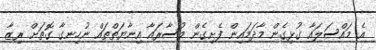
އެ މައްސަލައާ ގުޅިގެން މާދަމައިން ފެށިގެން މުސާރައާ އިނާޔަތްތައް ނުހިނގާ ގޮތަށް ރިޒާ